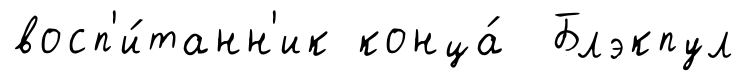
восп'и́танн'ик конца́ Блэкпул